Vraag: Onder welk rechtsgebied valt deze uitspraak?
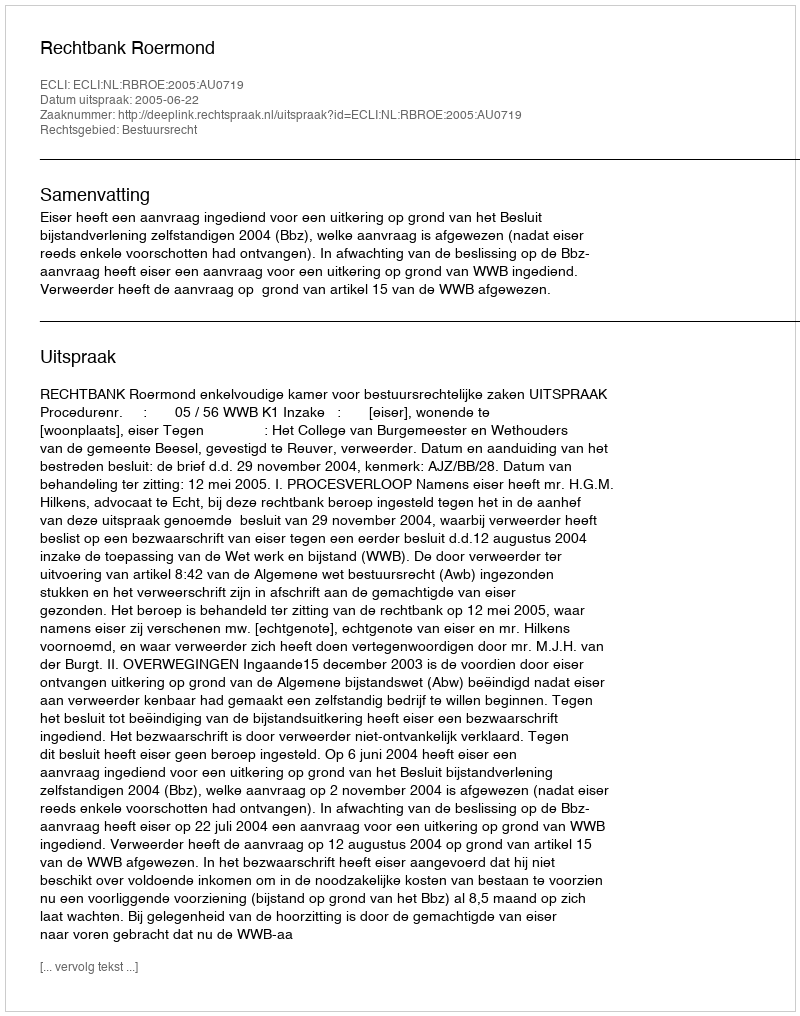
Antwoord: Bestuursrecht